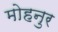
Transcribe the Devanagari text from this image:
मोहनुर